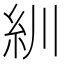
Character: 紃